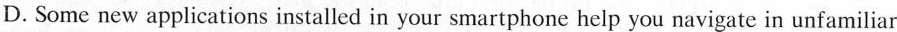
D. Some new applications installed in your smartphone help you navigate in unfamiliar